Annual administration report of the Civil Veterinary Department of India - 1893-1894
Year: 1893
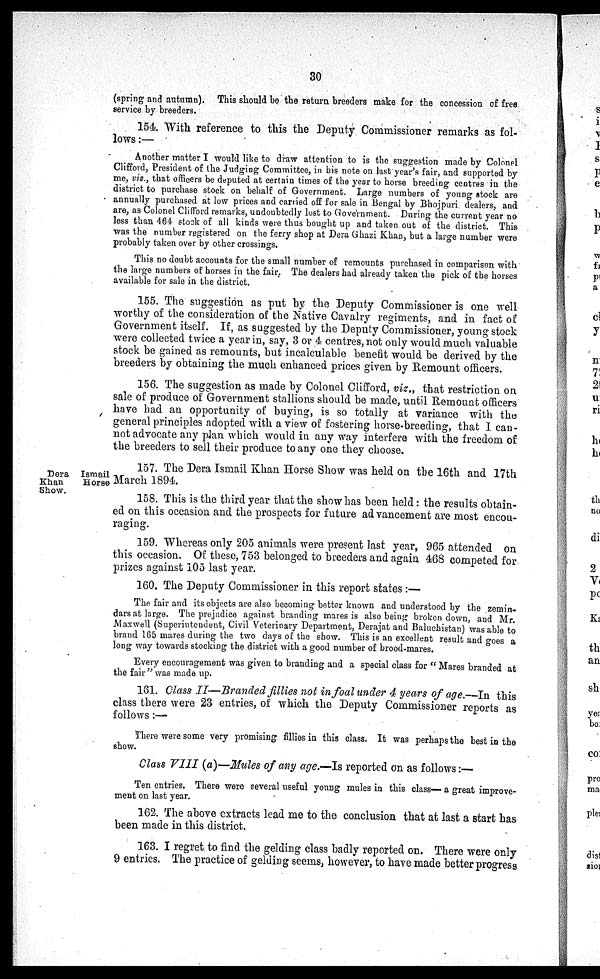
30
(spring and autumn). This should be the return breeders make for the concession of free
service by breeders.
154. With reference to this the Deputy Commissioner remarks as fol-
lows:—
Another matter I would like to draw attention to is the suggestion made by Colonel
Clifford, President of the Judging Committee, in his note on last year's fair, and supported by
me, viz., that officers be deputed at certain times of the year to horse breeding centres in the
district to purchase stock on behalf of Government. Large numbers of young stock are
annually purchased at low prices and carried off for sale in Bengal by Bhojpuri dealers, and
are, as Colonel Clifford remarks, undoubtedly lost to Government. During the current year no
less than 464 stock of all kinds were thus bought up and taken out of the district. This
was the number registered on the ferry shop at Dera Ghazi Khan, but a large number were
probably taken over by other crossings.
This no doubt accounts for the small number of remounts purchased in comparison with
the large numbers of horses in the fair. The dealers had already taken the pick of the horses
available for sale in the district.
155. The suggestion as put by the Deputy Commissioner is one well
worthy of the consideration of the Native Cavalry regiments, and in fact of
Government itself. If, as suggested by the Deputy Commissioner, young stock
were collected twice a year in, say, 3 or 4 centres, not only would much valuable
stock be gained as remounts, but incalculable benefit would be derived by the
breeders by obtaining the much enhanced prices given by Remount officers.
156. The suggestion as made by Colonel Clifford, viz., that restriction on
sale of produce of Government stallions should be made, until Remount officers
have had an opportunity of buying, is so totally at variance with the
general principles adopted with a view of fostering horse-breeding, that I can-
not advocate any plan which would in any way interfere with the freedom of
the breeders to sell their produce to any one they choose.
Dera Ismail
Khan
Horse
Show.
157. The Dera Ismail Khan Horse Show was held on the 16th and 17th
March 1894.
158. This is the third year that the show has been held: the results obtain-
ed on this occasion and the prospects for future advancement are most encou-
raging.
159. Whereas only 205 animals were present last year, 965 attended on
this occasion. Of these, 753 belonged to breeders and again 468 competed for
prizes against 105 last year.
160. The Deputy Commissioner in this report states:—
The fair and its objects are also becoming better known and understood by the zemin-
dars at large. The prejudice against branding mares is also being broken down, and Mr.
Maxwell (Superintendent, Civil Veterinary Department, Derajat and Baluchistan) was able to
brand 165 mares during the two days of the show. This is an excellent result and goes a
long way towards stocking the district with a good number of brood-mares.
Every encouragement was given to branding and a special class for "Mares branded at
the fair" was made up.
161. Class II—Branded fillies not in foal under 4 years of age.—In this
class there were 23 entries, of which the Deputy Commissioner reports as
follows:—
There were some very promising fillies in this class. It was perhaps the best in the
show.
Class VIII (a)—Mules of any age.—Is reported on as follows:—
Ten entries. There were several useful young mules in this class— a great improve-
ment on last year.
162. The above extracts lead me to the conclusion that at last a start has
been made in this district.
163. I regret to find the gelding class badly reported on. There were only
9 entries. The practice of gelding seems, however, to have made better progress